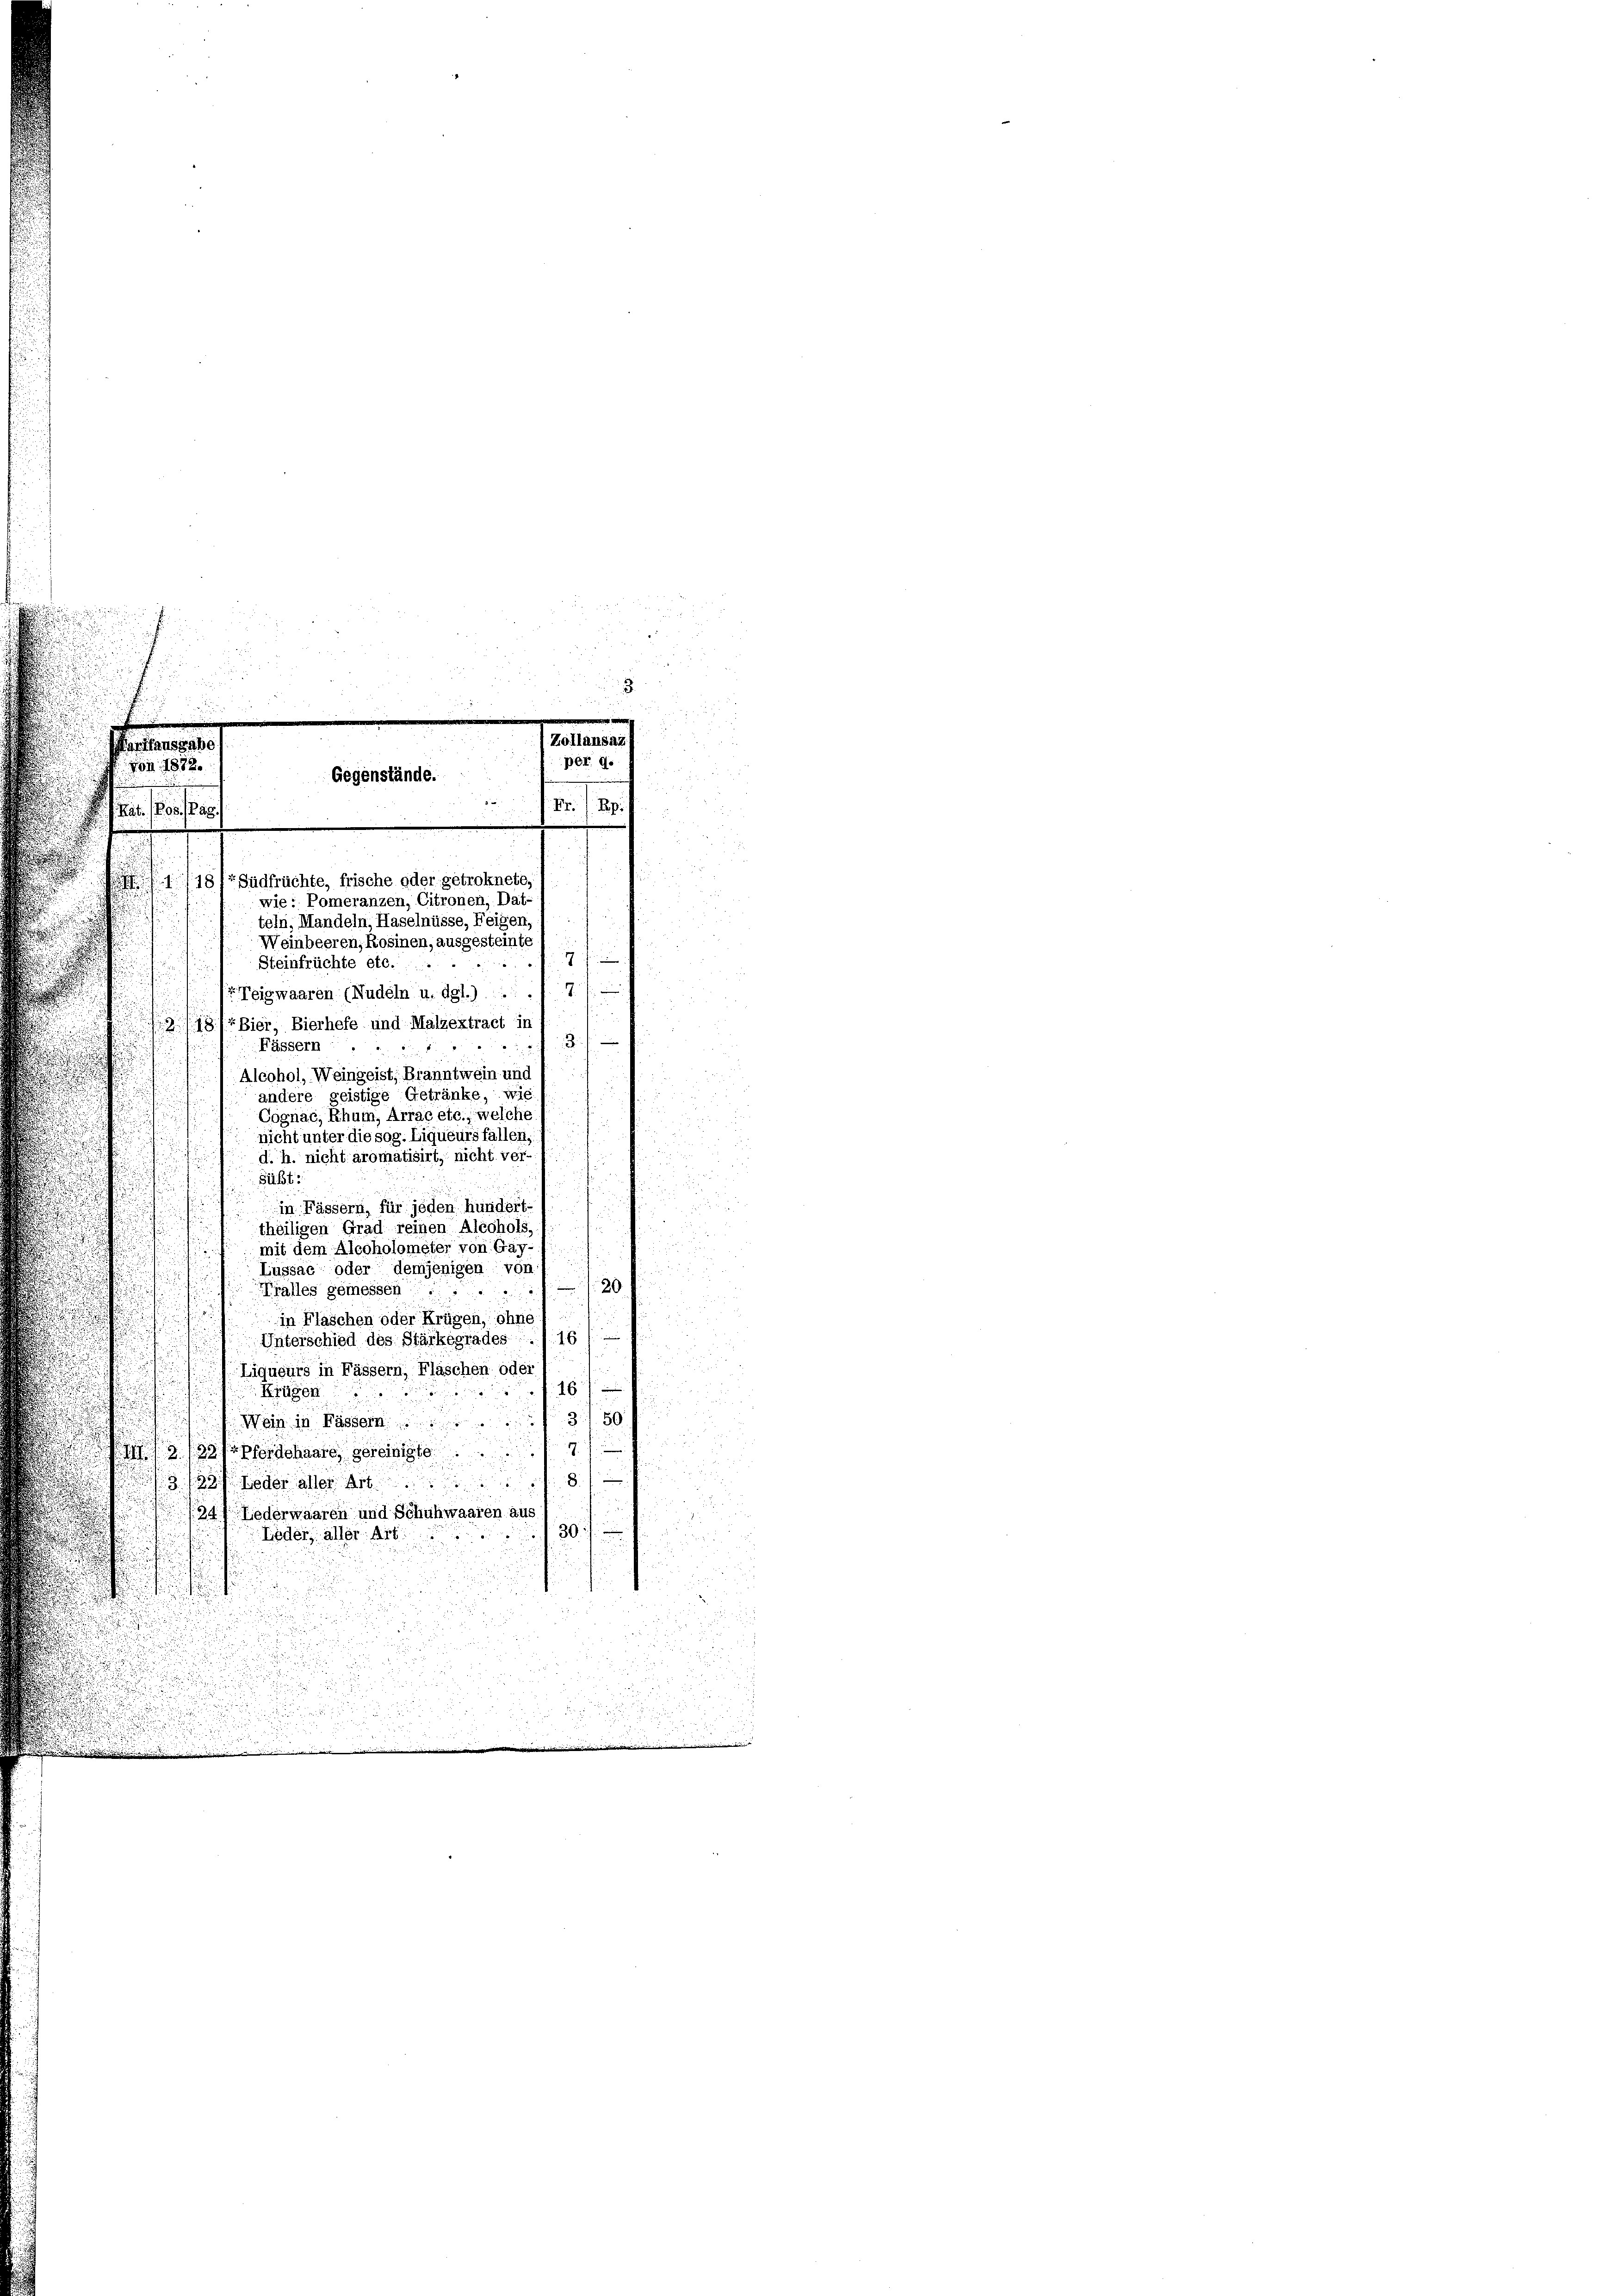
2
2

511.

Rat.

1186 Südfrüchte, frische oder getroknete,
Steinfrüchte etc.
hun
7
Teigwaaren (Nudeln u. dgl.)
318/Bier, Bierhefe und Malzextract in
.
Fässern
Alcohol, Weingeist, Branntwein und
andere geistige Getränke, wie
Cognac, Rhum, Arrae etc., welche
nicht unter die sog. Liqueurs fallen,
d. h. nicht aromatisirt, nicht ver-
sübt.
in Fässern, für jeden hundert-
theiligen Grad reinen Aléohols,
mit dem Aleoholometer von Gay-
Lussae oder demjenigen von
20
Fralles gemessen:
.
in Fläschen oder Krügen, ohne
Unterschied des Stärkegrades . . 16 1
 Liqueurs in Fässern, Fläschen oder
16
Krüger
Wein in Fässern 350
3. 139 perschaare gereinig
3 33 oder aller Art. 8
734. Lederwaaren und Schuhwaaren aus
30
Lieder, aller Art.

1
Gegenstände.
.

Zollansaz
per d.
Fr. 7 Rp.
wie: Pomeranzen, Citronen, Dat-
teln, Mandeln, Haselnüsse, Feigen,
Weinbeeren, Rosinen, ausgesteinte
7